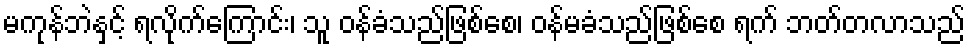
မကုန်ဘဲနှင့် ရလိုက်ကြောင်း၊ သူ ဝန်ခံသည်ဖြစ်စေ၊ ဝန်မခံသည်ဖြစ်စေ ရက် ဘတ်တလာသည်